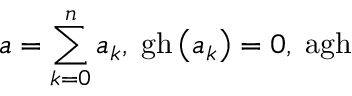
a = \sum _ { k = 0 } ^ { n } a _ { k } , \; \mathrm { g h } \left( a _ { k } \right) = 0 , \; \mathrm { a g h }